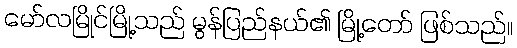
မော်လမြိုင်မြို့သည် မွန်ပြည်နယ်၏ မြို့တော် ဖြစ်သည်။